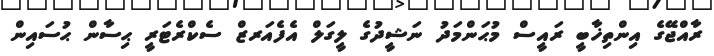
ރާއްޖޭގެ އިންތިޚާބީ ރައީސް މުޙަންމަދު ނަޝީދުގެ ލީގަލް އެފެއަރޒް ސެކްރެޓަރީ ޙިސާން ޙުސައިން